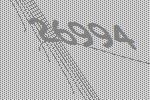
26994